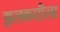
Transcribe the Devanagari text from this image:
झलकारीला